system: You are a helpful assistant.
user:
Analyze the provided spectrum to determine if it is a **White Dwarf (WD)**.

A White Dwarf spectrum is defined by its **extreme purity** (due to gravitational settling) and/or **extreme pressure broadening** (due to high surface gravity). You must check for one of the following mutually exclusive signatures:

- **Key Visual Indicators (Check for ONE of these types):**

    - **1. DA-Type Signature (Most Common):**
        - **(Primary Feature):** Extreme pressure broadening (Stark broadening) of the **Hydrogen (H) Balmer lines**.
        - **(Key Lines):** $H\beta$ (approx. $4861$ Å) and $H\gamma$ (approx. $4340$ Å). $H\alpha$ (approx. $6563$ Å) will also be present if the wavelength range covers it.
        - **(Line Profile):** This is the **defining feature**. The lines are **NOT** sharp. They appear as massive, **extremely broad and deep "troughs" or "dips"** in the spectrum, often hundreds of Ångströms wide. The continuum will appear to "scoop" down at these wavelengths.
        - **(Distinction):** Normal A-type or B-type stars have *narrow* and *sharp* Hydrogen lines. A DA White Dwarf's lines are unmistakably "smeared" or "blurry" from pressure.

    - **2. DB-Type Signature:**
        - **(Primary Feature):** Broad absorption lines from **Neutral Helium (He I)**. The spectrum must lack any visible Hydrogen lines.
        - **(Key Lines):** Look for broad absorption near $4471$ Å, $4921$ Å, and $5876$ Å.
        - **(Line Profile):** These lines are also significantly pressure-broadened, appearing much wider than they would in a normal B-type main-sequence star.

    - **3. DC-Type Signature:**
        - **(Primary Feature):** A **featureless continuous spectrum**.
        - **(Line Profile):** The spectrum is a smooth curve with **no significant absorption or emission lines**.
        - **(Key Confirmation):** The continuum is almost always **blue or white**, indicating a hot object. This signature implies the atmosphere is so pure (or so cool) that no spectral lines are visible in the optical range. Its WD identity is confirmed by its extremely low intrinsic brightness (high absolute magnitude).

    - **4. DZ-Type Signature (Metal-Polluted):**
        - **(Primary Feature):** **Isolated, narrow metal absorption lines** on an otherwise featureless (DC-like) continuum.
        - **(Key Lines):** The **Calcium (Ca II) H & K doublet** (approx. **$3934$ Å** and **$3968$ Å**) is the most common and defining feature.
        - **(Line Profile):** These lines are "out of place." They are *not* part of a "forest" of thousands of lines. This signature is evidence of recent *accretion* (pollution) from rocky debris.
        - **(Distinction):** Normal G/K/M stars have a *dense forest* of thousands of metal lines. A DZ has a *clean* continuum with *only a few* strong metal lines.

    - **5. DQ-Type Signature (Carbon-Polluted):**
        - **(Primary Feature):** Absorption bands from **Carbon (C₂ "Swan Bands" or atomic C I)**.
        - **(Key Lines - C₂):** Look for bandheads with a "saw-tooth" shape near $5635$ Å, **$5165$ Å** (strongest), and $4737$ Å.
        - **(Key Confirmation):** The underlying **continuum must be blue or white** (hot).
        - **(Distinction):** This is the critical difference from a **Carbon Star**, which has the *exact same* C₂ bands but on an extremely **red, cool** continuum.

- **(Overall Spectrum):**
    - The continuum (overall shape) is typically **blue-sloping** (brighter in the blue than the red), as most white dwarfs are very hot.
    - The spectrum will look "pure" or "simple," dominated by only *one* of the five signatures listed above.

Think first, call **spectral_visualization_tool** if needed to examine features in detail, then provide your final answer. Your response must adhere to the following strict rules:
1.  **Overall Structure:** Your response must follow the format `<think>...</think> <tool_call>...</tool_call> (if a tool is used) <answer>...</answer>`.
2.  **Tool Usage Constraint:** You may only make **one** tool call per turn.
3.  **Final Answer Format:** In the `<answer>` tag, your conclusion must be inside a `\boxed{}` command (e.g., `\boxed{YES}` or `\boxed{NO}`), followed by your justification.

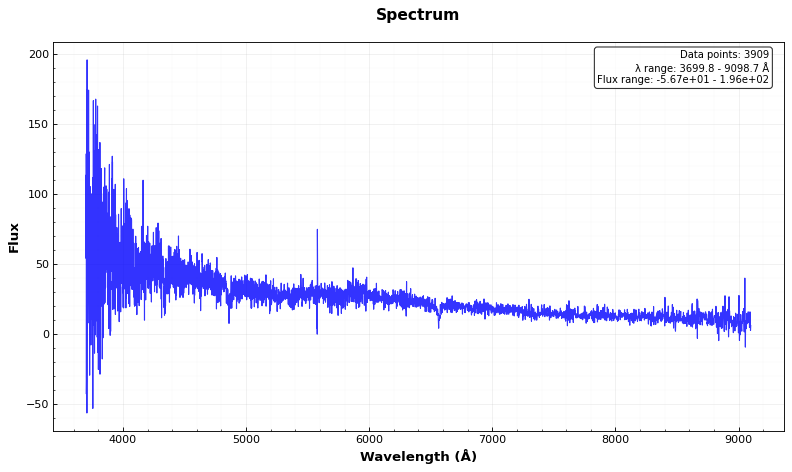
Answer: YES